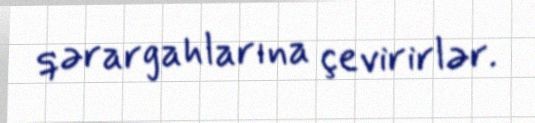
qərargahlarına çevirirlər.